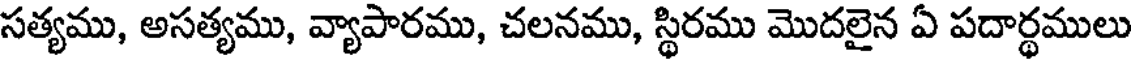
సత్యము, అసత్యము, వ్యాపారము, చలనము, స్థిరము మొదలైన ఏ పదార్థములు